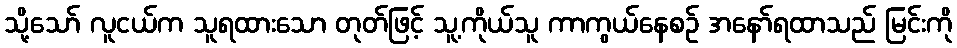
သို့သော် လူငယ်က သူရထားသော တုတ်ဖြင့် သူ့ကိုယ်သူ ကာကွယ်နေစဉ် အနော်ရထာသည် မြင်းကို